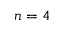
n = 4